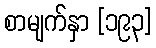
စာမျက်နှာ [၁၉၃]